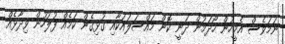
ނަމަވެސް އެމީހުން ހޯދަމުން ދަނީ ކޮން މައްސަލައަކާއި ގުޅިގެން ކަމެއް ފުލުހުން ވިދާޅެއް